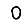
Digit: 0